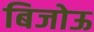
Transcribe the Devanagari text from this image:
बिजोऊ